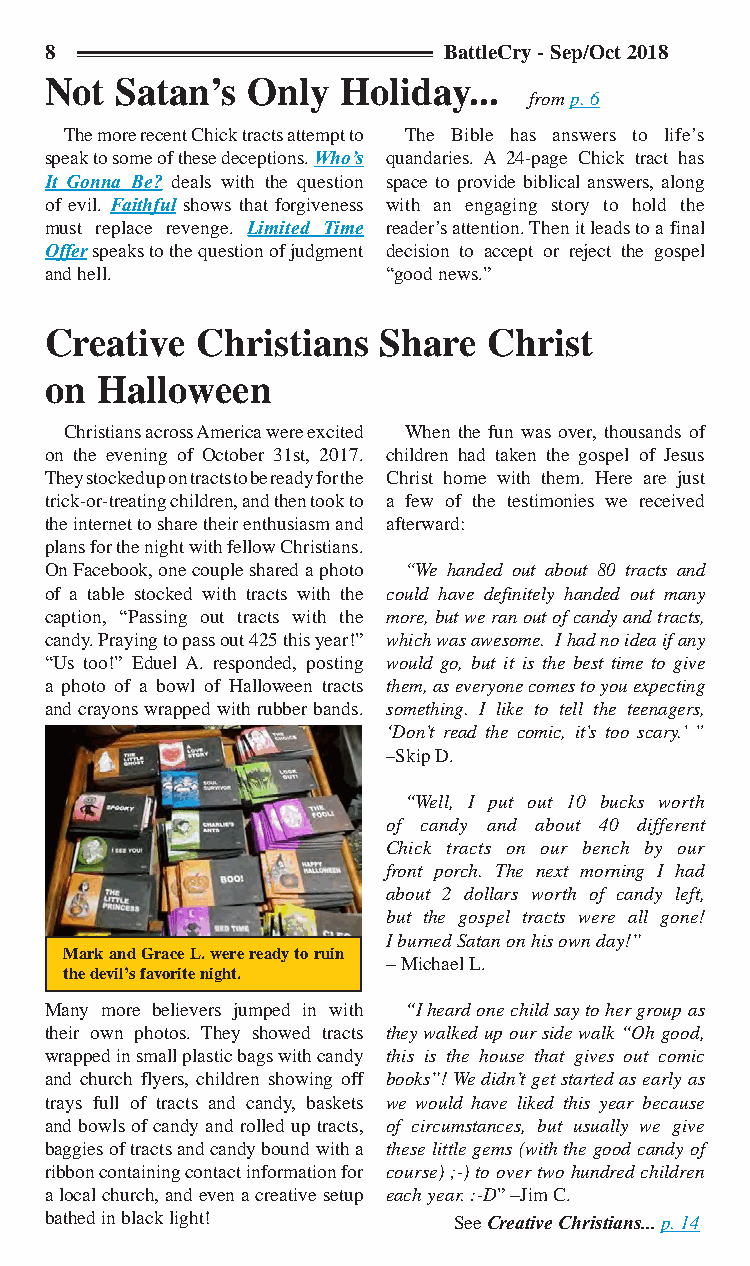
8                         BattleCry - Sep/Oct 2018
 Not  Satan’s Only   Holiday...
 from p. 6
 The more recent Chick tracts attempt to The Bible has answers to life’s
 speak to some of these deceptions. Who’s quandaries. A 24-page Chick tract has
 It Gonna Be? deals with the question space to provide biblical answers, along
 of evil. Faithful shows that forgiveness with an engaging story to hold the
 must replace revenge. Limited Time reader’s attention. Then it leads to a final
 Offer speaks to the question of judgment decision to accept or reject the gospel
 and hell.              “good news.”
 Creative  Christians  Share  Christ
 on Halloween
 Christians across America were excited When the fun was over, thousands of
 on the evening of October 31st, 2017. children had taken the gospel of Jesus
 They stocked up on tracts to be ready for the Christ home with them. Here are just
 trick-or-treating children, and then took to a few of the testimonies we received
 the internet to share their enthusiasm and afterward:
 plans for the night with fellow Christians.
 On Facebook, one couple shared a photo “We handed out about 80 tracts and
 of a table stocked with tracts with the could have definitely handed out many
 caption, “Passing out tracts with the more, but we ran out of candy and tracts,
 candy. Praying to pass out 425 this year!” which was awesome. I had no idea if any
 “Us too!” Eduel A. responded, posting would go, but it is the best time to give
 a photo of a bowl of Halloween tracts them, as everyone comes to you expecting
 and crayons wrapped with rubber bands. something. I like to tell the teenagers,
 ‘Don’t read the comic, it’s too scary.’ ”
 –Skip D.
 “Well, I put out 10 bucks worth
 of candy and about 40 different
 Chick tracts on our bench by our
 front porch. The next morning I had
 about 2 dollars worth of candy left,
 but the gospel tracts were all gone!
 I burned Satan on his own day!”
 Mark and Grace L. were ready to ruin
 – Michael L.
 the devil’s favorite night.
 Many more believers jumped in with “I heard one child say to her group as
 their own photos. They showed tracts they walked up our side walk “Oh good,
 wrapped in small plastic bags with candy this is the house that gives out comic
 and church flyers, children showing off books”! We didn’t get started as early as
 trays full of tracts and candy, baskets we would have liked this year because
 and bowls of candy and rolled up tracts, of circumstances, but usually we give
 baggies of tracts and candy bound with a these little gems (with the good candy of
 ribbon containing contact information for course) ;-) to over two hundred children
 a local church, and even a creative setup each year. :-D” –Jim C.
 bathed in black light!     See Creative Christians... p. 14